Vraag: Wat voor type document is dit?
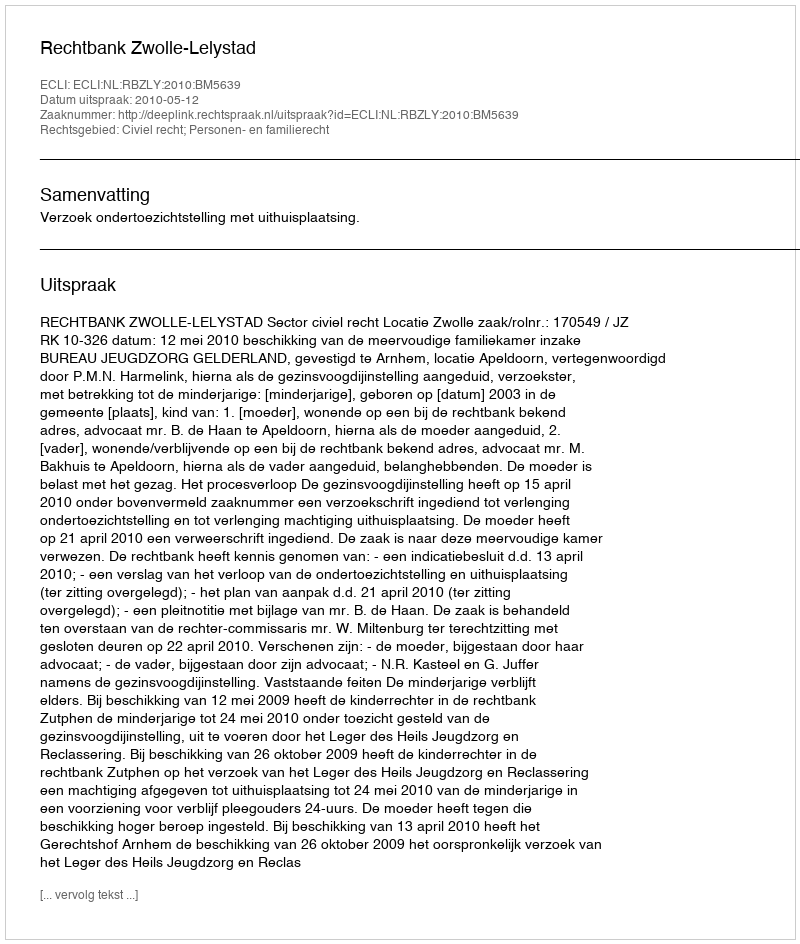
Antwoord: Uitspraak